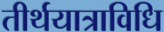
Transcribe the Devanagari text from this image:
तीर्थयात्राविधि